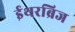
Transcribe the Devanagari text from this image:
ईथरब्रिज